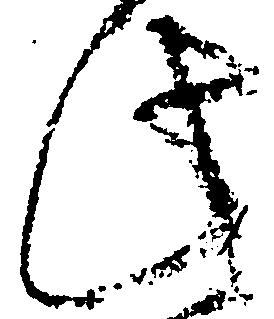
此